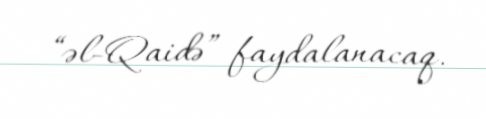
“əl-Qaidə” faydalanacaq.